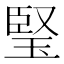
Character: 𤦁